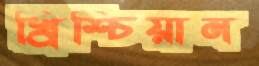
খ্রিশ্চিয়ান